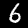
Label: 6